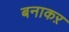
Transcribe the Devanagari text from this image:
बनाकऱ